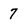
Character: 7